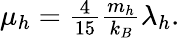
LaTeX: \begin{array}{r}{\mu_{h}=\frac{4}{15}\frac{m_{h}}{k_{B}}\lambda_{h}.}\end{array}